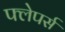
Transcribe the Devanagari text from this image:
फ्लेपर्स